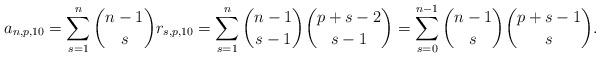
LaTeX: \begin{align*}a_{n,p,10}= \sum_{s=1}^n \binom{n-1}{s} r_{s,p,10} = \sum_{s=1}^n \binom{n-1}{s-1} \binom{p+s-2}{s-1}=\sum_{s=0}^{n-1} \binom{n-1}{s} \binom{p+s-1}{s}.\end{align*}